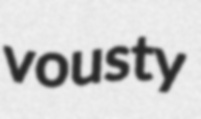
vousty